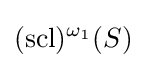
(\operatorname {scl} )^{\omega _{1}}(S)